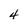
Character: 4